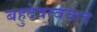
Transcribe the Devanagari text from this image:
बहुदेवत्ववाद